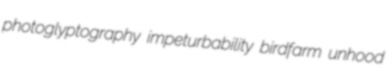
photoglyptography impeturbability birdfarm unhood